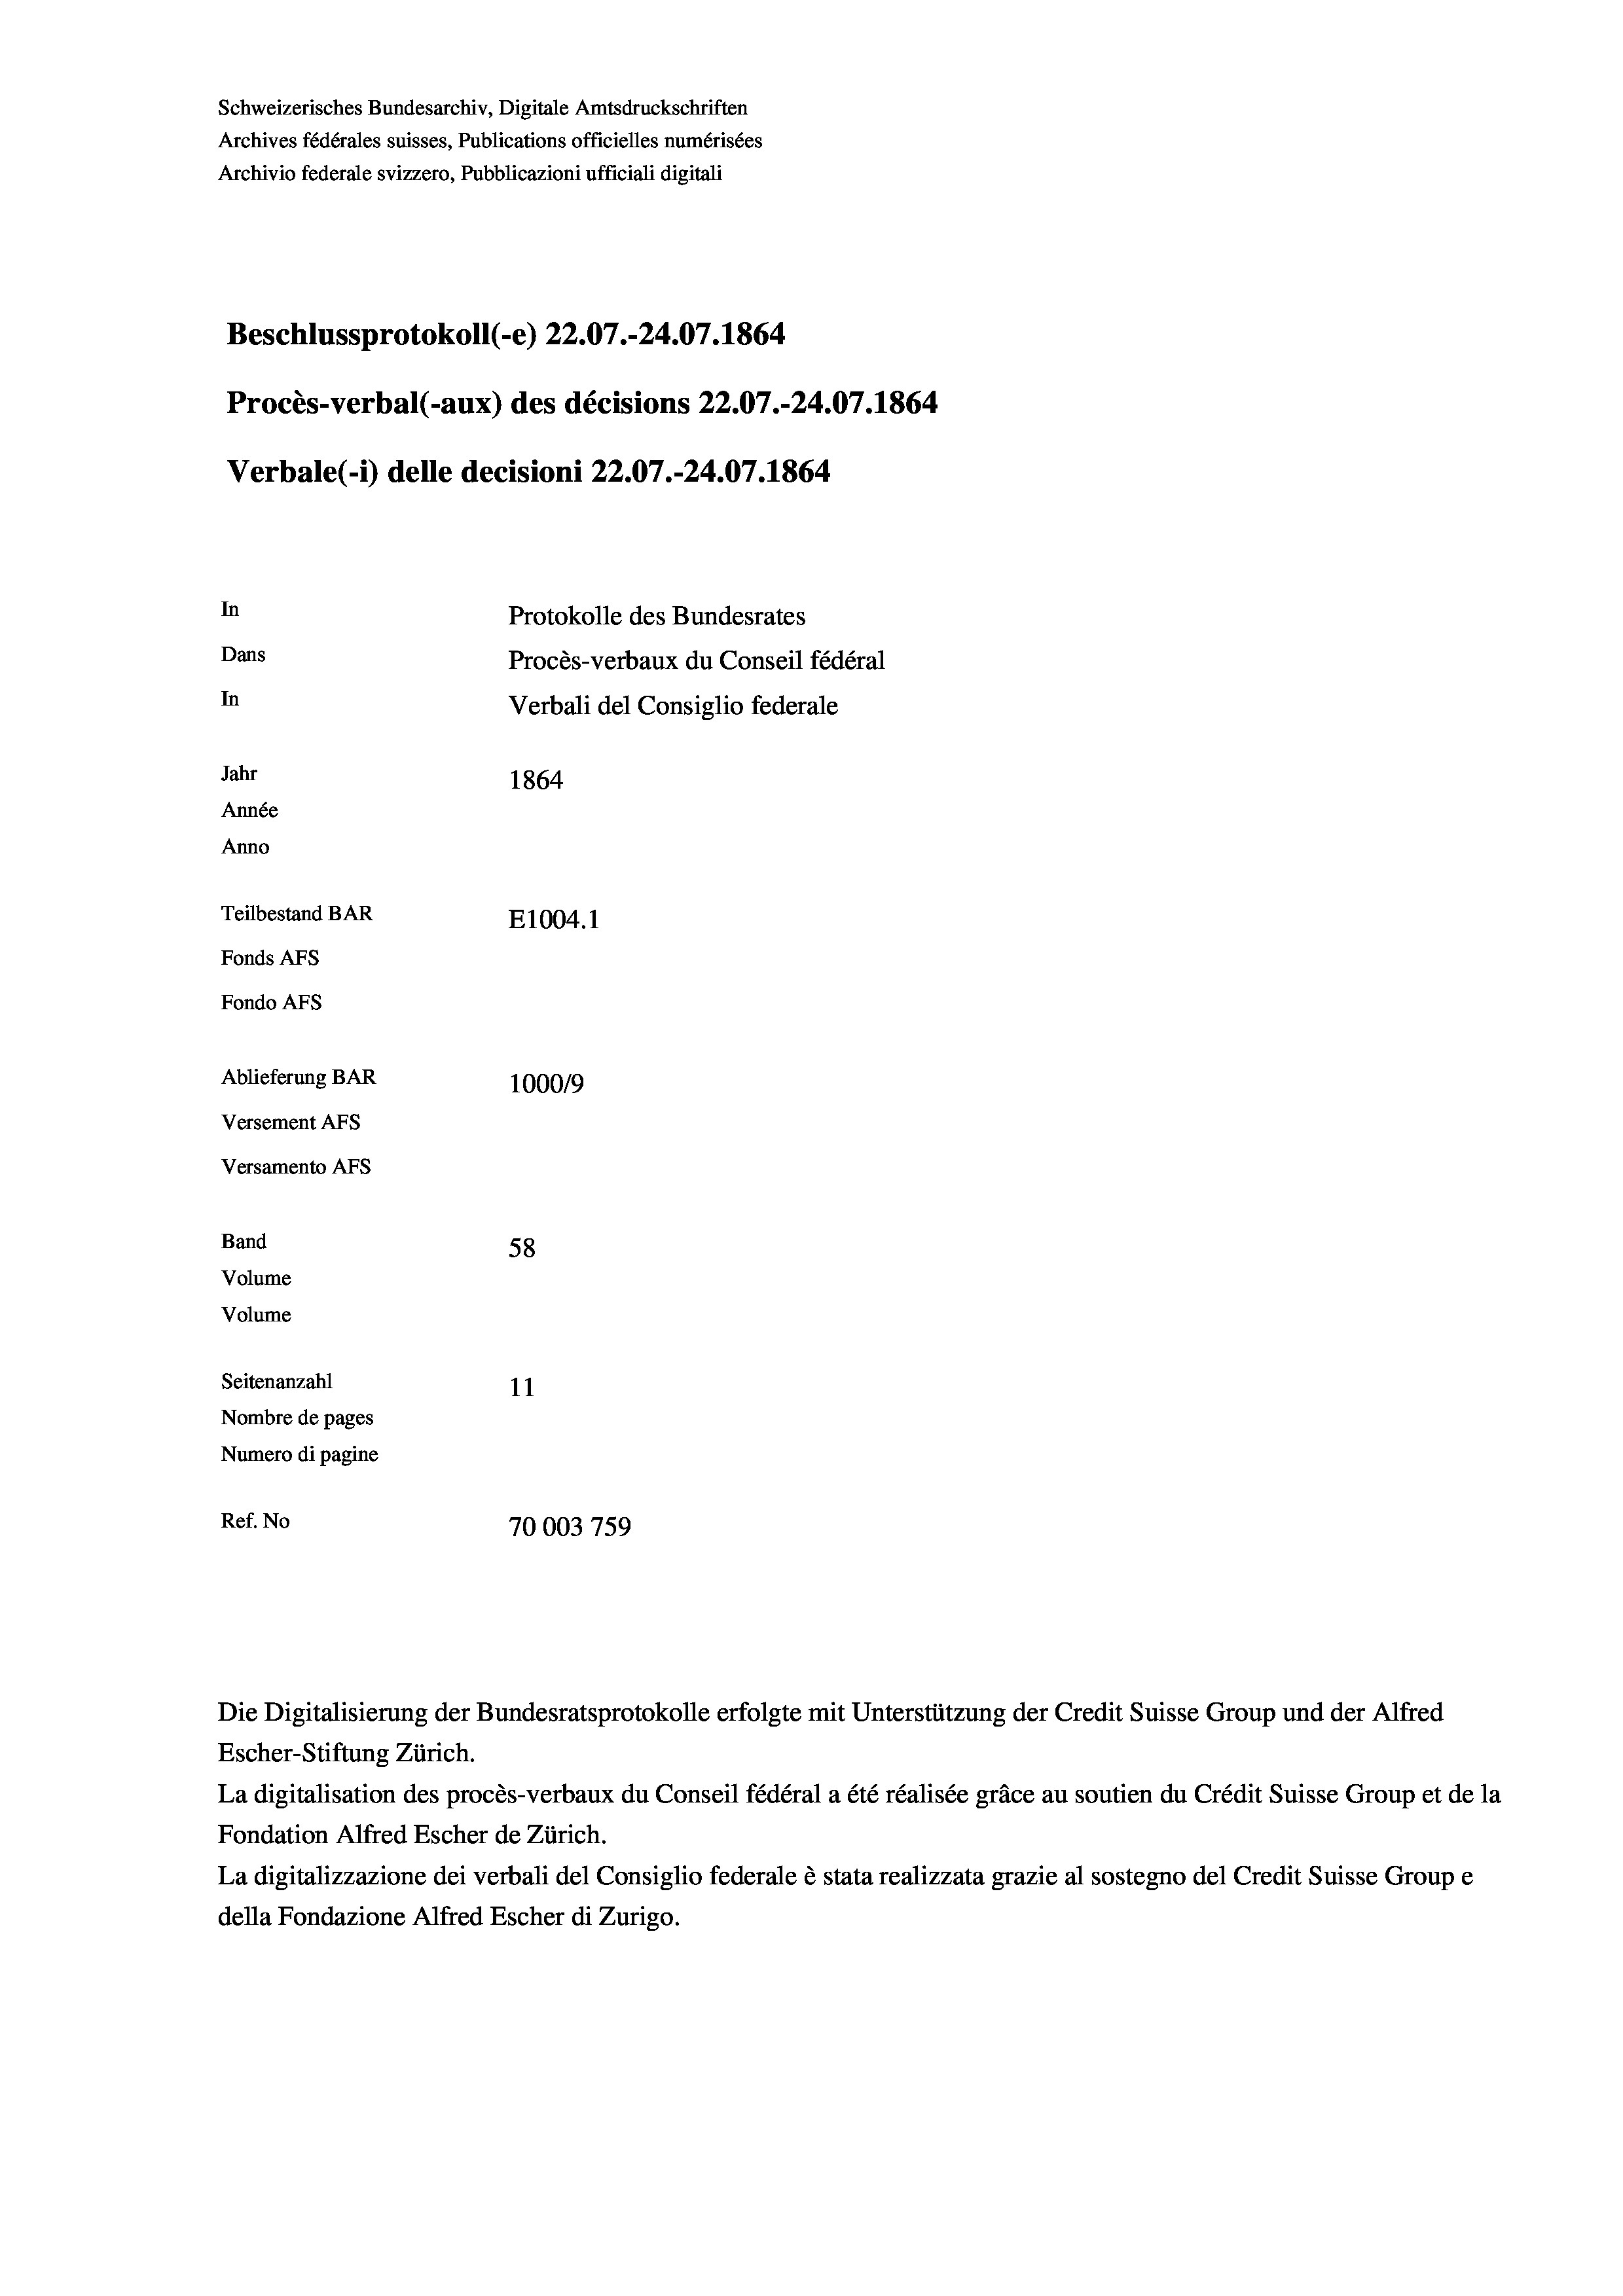
Schweizerisches Bundesarchiv, Digitale Amtsdruckschriften
Archives fédérales suisses, Publications officielles numérisées
Archivio federale svizzero, Pubblicazioni ufficiali digitali
Beschlussprotokoll (-e) 22.07.-24.07. 1864
Procès-verbal (-aux) des décisions 22.07.-24.07. 1864
Verbale (1) delle decisioni 22.07.-24.07. 1864
In
Protokolle des Bundesrates
Dans
Procès-verbaux du Conseil fédéral
In
Verbali del Consiglio federale
Jahr
1864
Année
Anno
Teilbestand BAR
E1004.1
Fonds AFs
Fondo AFS
Ablieferung BAR
100019
Versement AFs
Versamento Afs

58
Seitenanzahl
11
Nombre de pages
Numero di pagine
Ref. No
70003 759

Band
Volume
Volume

Escher-Stiftung Zürich.
La digitalisation des procès-verbaux du Conseil fédéral a été réalisée gräce au soutien du Crédit Suisse Group et de la
Fondation Alfred Escher de Zürich.
La digitalizzazione dei verbali del Consiglio federale è stata realizzata grazie al sostegno del Credit Suisse Groupe
della Fondazione Alfred Escher di Zurigo.

Die Digitalisierung der Bundesratsprotokolle erfolgte mit Unterstützung der Credit Suisse Group und der Alfred